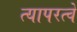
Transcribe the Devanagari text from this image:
त्यापरत्वे